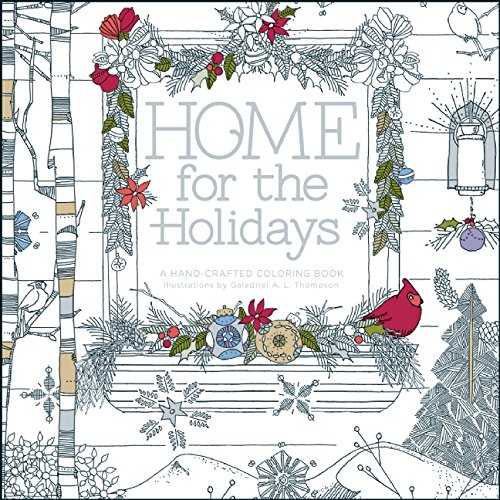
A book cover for Home for the Holidays: A Hand-Crafted Adult Coloring Book; Humor & Entertainment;